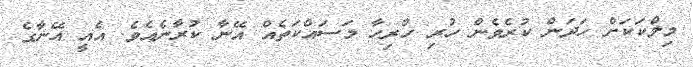
މިލްކަކަށް ހަދަން ކުރެވެން ހުރި ހުރިހާ މަސައްކަތެއް އޭނާ ކުރާނެއެވެ. އެއީ އޭނާގެ